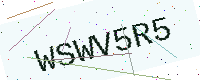
Text: WSWV5R5